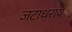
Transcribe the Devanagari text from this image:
जटाधराय